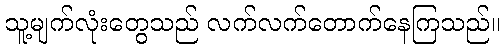
သူ့မျက်လုံးတွေသည် လက်လက်တောက်နေကြသည်။